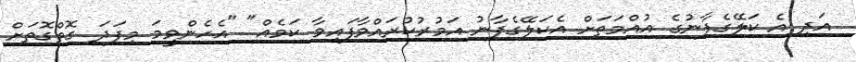
އަދި އެ ކަލޭގެފާނުގެ އުއްމަތަށް އެކަލޭގެފާނު އަމުރުކުރައްވާފައިވާ ކަމެއް" "އެހެންވީމަ މިފަދަ ގޮތްގޮތަށް